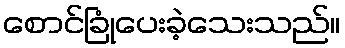
စောင်ခြုံပေးခဲ့သေးသည်။